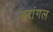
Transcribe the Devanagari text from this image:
वरांगल